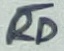
Text: RD